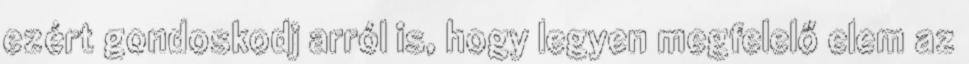
ezért gondoskodj arról is, hogy legyen megfelelő elem az